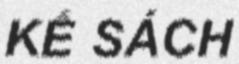
KẾ SÁCH